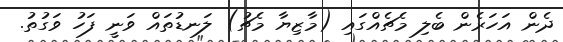
ދެން އަހަރެން ބެލި މެޗެއްގައި (މާޒިޔާ މެޗު) ލަނޑުތައް ވަނީ ފަހު ވަގުތު.